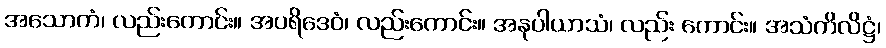
အသောကံ၊ လည်းကောင်း။ အပရိဒေဝံ၊ လည်းကောင်း။ အနုပါယာသံ၊ လည်း ကောင်း။ အသံကိလိဋ္ဌံ၊